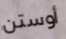
أوستن